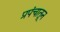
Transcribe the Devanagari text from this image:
प्रपंचातून